Annual statistical returns and brief notes on vaccination in Bengal - 1896-1909
Year: 1896
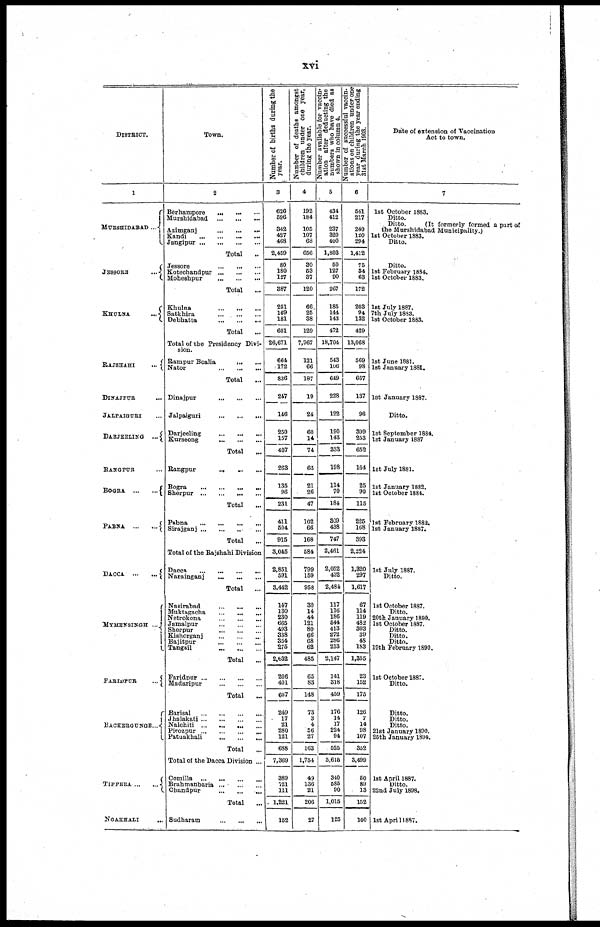
xvi
DISTRICT.
1
MURSHIDABAD ...
JESSORE
...
KHULNA
...
BAJSHAHI
...
DINAJPUR ...
JALPAIGURI ...
DARJEELING
...
BANGPUR ...
BOGRA
...
...
PABNA
...
...
DACCA
...
...
MYMENSINGH ...
FARIDPUR
...
BACKERGUNGE ...
TIPPERA ... ...
NOAKHALI
...
Town.
2
Berhampore
...
...
...
Murshidabad
...
...
...
Azimganj
...
...
...
Kandi
...
...
...
...
Jangipur
...
...
...
...
Total ...
Jessore
...
...
...
Kotechandpur
...
...
...
Moheshpur
...
...
...
Total ...
Khulna ... ... ... ...
Satkhira
...
...
...
...
Debhatta
...
...
...
Total ...
Total of the Presidency Divi-
sion.
Rampur Boalia
...
...
Nator
...
...
...
Total ...
Dinajpur
...
...
...
Jalpaiguri ... ... ... ...
Darjeeling ... ... ... ...
Kurseong
...
...
...
Total ...
Rangpur ... ... ... ...
Bogra
...
...
...
...
Sherpur
...
...
...
...
Total ...
Pabna
...
...
...
...
Sirajganj
...
...
...
...
Total
...
Total of the Rajshahi Division
Dacca ... ... ... ... ...
Narainganj ... ... ... ...
Total ...
Nasirabad
...
...
...
Muktagacha
...
...
...
Netrokona
...
...
...
Jamalpur
...
...
...
Sherpur
...
...
...
Kishorganj
...
...
...
Bajitpur
...
...
...
Tangail
...
...
...
Total ...
Faridpur
...
...
...
...
Madaripur
...
...
...
Total ...
Barisal
...
...
...
...
Jhalakati
...
...
...
...
Nalchiti
...
...
...
...
Pirozpur ... ... ... ...
Patuakhali
...
...
...
Total ...
Total of the Dacca Division ...
Comilla
...
...
...
...
Brahmanbaria ... ... ... ...
Chandpur
...
...
...
Total ...
Sudharam
...
...
...
Number of births daring the
year.
3
626
596
342
427
468
2,459
80
180
127
387
251
169
181
601
26,671
664
172
836
247
146
250
157
407
263
135
96
231
411
504
915
3,045
2,851
591
3,442
147
130
230
665
493
338
354
275
2,632
206
401
607
249
17
21
280
121
688
7,369
389
721
111
1,221
152
Number of deaths amongst
children under one year,
during the year.
4
192
184
105
107
68
656
30
53
37
120
66
25
38
129
7,967
121
66
187
19
24
60
14
74
65
21
26
47
102
66
168
584
799
159
958
30
14
44
121
80
66
68
62
485
65
83
148
73
3
4
56
27
163
1,754
49
136
21
206
27
Number available for vaccin-
ation after deducting the
numbers who have died as
shown in column 4.
5
434
412
237
320
400
1,803
50
127
90
267
185
144
143
472
18,704
543
106
649
228
122
190
143
333
198
114
70
184
309
438
747
2,461
2,052
432
2,484
117
116
186
544
413
272
286
213
2,147
141
318
459
176
14
17
224
94
525
5,615
340
585
90
1,015
125
Number of suceessful vaccin-
ations on children under one
year during the year ending
31st March 1903.
6
541
217
240
120
294
1,412
75
34
63
172
203
94
132
429
13,068
569
98
667
137
96
399
253
652
164
25
90
115
225
168
393
2,224
1,320
297
1,617
67
114
119
482
303
39
48
183
1,355
23
152
175
126
7
14
98
107
352
3,499
50
89
13
152
100
Date of extension of Vaccination
Act to town.
7
1st October 1883.
Ditto.
Ditto.
(It formerly formed a part of
the Murshidabad Municipality.)
1st October 1883.
Ditto.
Ditto.
1st February 1884.
1st October 1883.
1st July 1887.
7th July 1883.
1st October 1883.
1st June 1881.
1st January 1881.
1st January 1887.
Ditto.
1st September 1884.
1st January 1887
1st July 1881.
1st January 1882.
1st October 1884.
1st February 1882.
1st January 1887.
1st July 1887.
Ditto.
1st October 1887.
Ditto.
20th January 1890.
1st October 1887.
Ditto.
Ditto.
Ditto.
19th February 1890.
1st October 1887.
Ditto.
Ditto.
Ditto.
Ditto.
21st January 1890.
25th January 1894.
1st April 1887.
Ditto.
22nd July 1898.
1st April 1887.